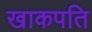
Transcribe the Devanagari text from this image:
खाकपति